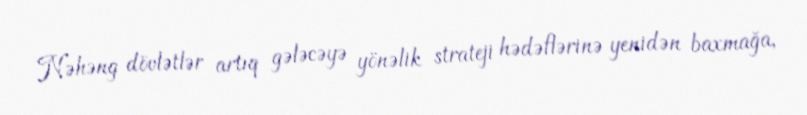
Nəhəng dövlətlər artıq gələcəyə yönəlik strateji hədəflərinə yenidən baxmağa,